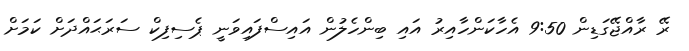
ރޭ ރާއްޖޭގަޑިން 9:50 އެހާކަންހާއިރު އައި ބިންހެލުން އައިސްފައިވަނީ ޕެސިފިކް ސަރަޙައްދަށް ކަމަށް